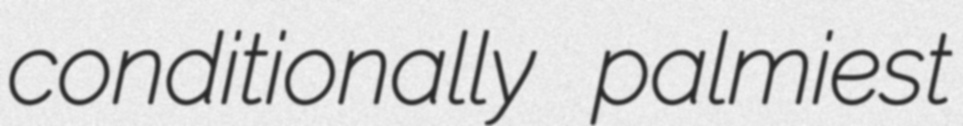
conditionally palmiest